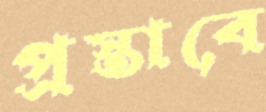
প্রস্তাবে